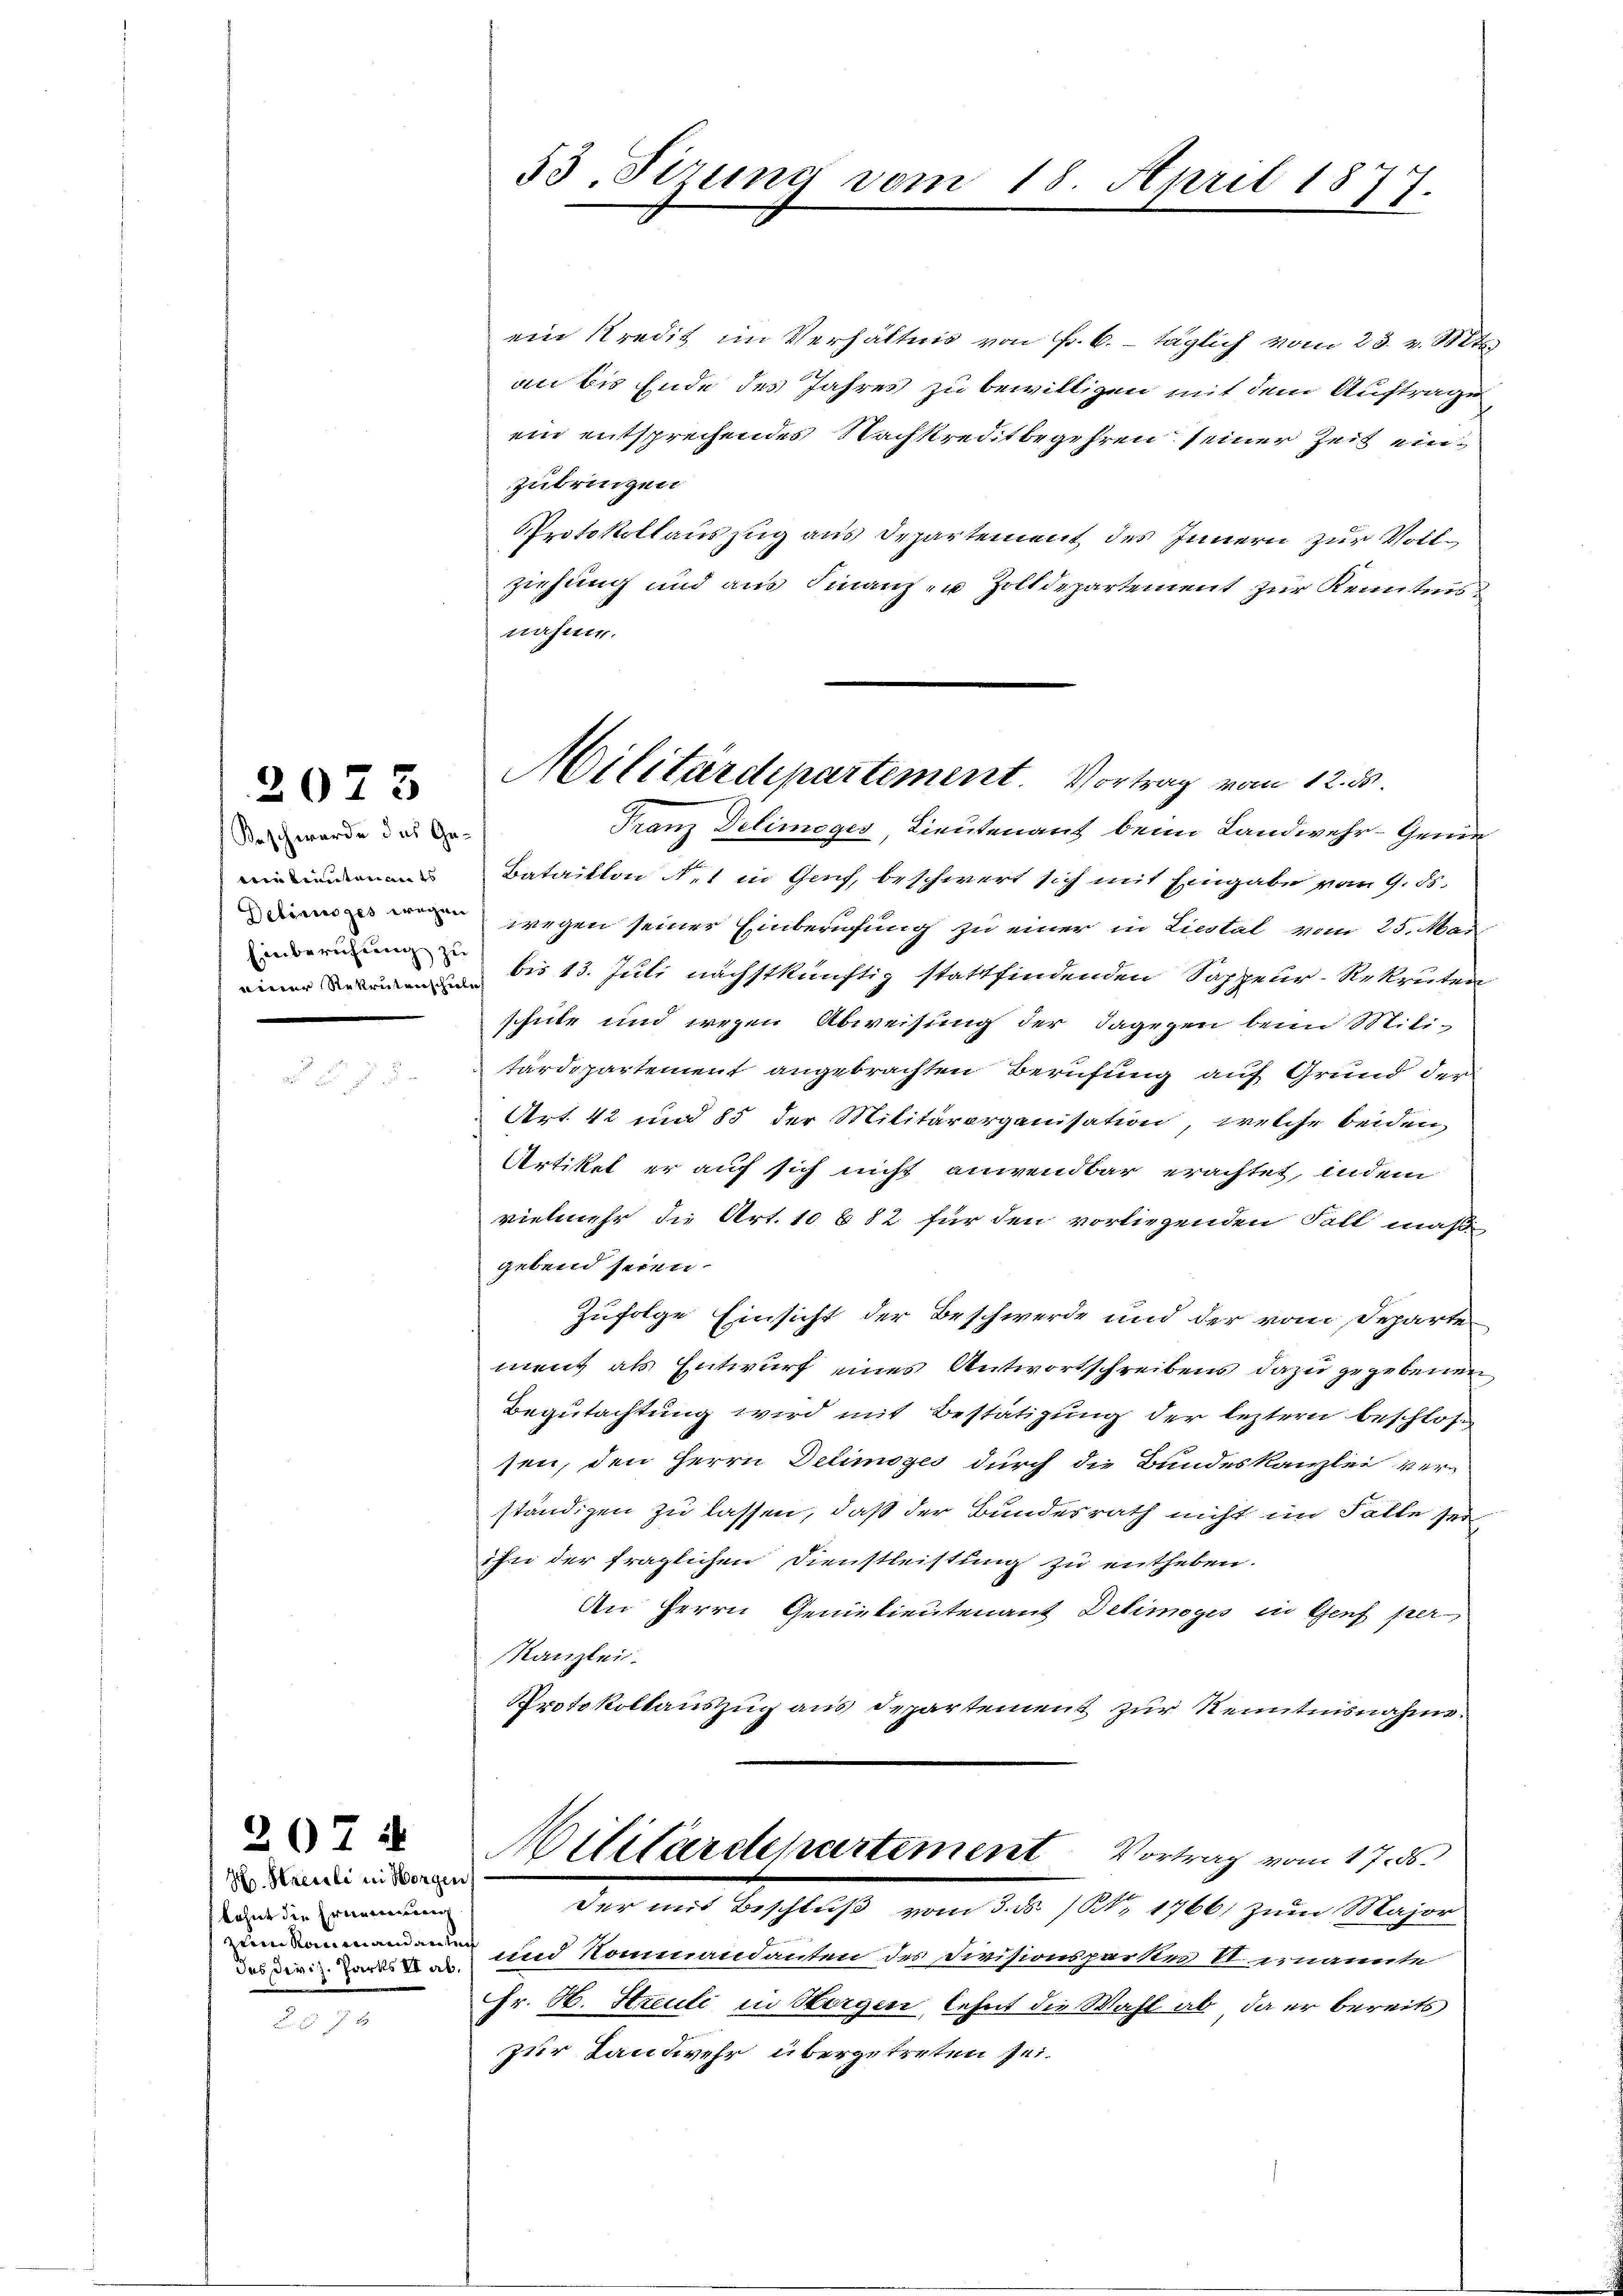
2075

Beschwerde das Gevie lieutenan es
Einberufung zu

H. Streuli in Horgen
kohnt die Ereinen
des Diviz. Parts II ab.

207

53. Sizung vom 18. April 1877.

ein Kredit im Verhältnis von Fr. 6. täglich vom 23. v. Mts.
an bis Ende des Jahres zu bewilligen mit dem Auftrage
ein entsprechendes Nachkreditbegehren seiner Zeit einzubringen
Protokollauszug aus Departement des Innern zur Vollziehung und aus Finanz- u Zolldepartement zur Kenntner
nahme.
Franz Delimoges, Lieutenant beim Landwehr-Geme
Bataillon des in Genf, beschwert sich mit Eingabe vom 9. ds.
w wegen seiner Einberufung zu einer in Liestal vom 25. Mai
 bis 13. Juli nächstkünftig stattfindenden Sappeur-Rekruten
schute und wegen Abweisung der dagegen beim Militärdepartement angebrachten Berufung auf Grund der
Art. 42 und 85 der Militärorganisation, welche beiden
Artikel er auf sich nicht anwendbar erachtet, indem
vielmehr die Art. 10 b 82 für den vorliegenden Fall maßgebend seien.
Zufolge Einsicht der Beschwerde und der vom Departe
ment als Entwurf eines Antwortschreibens dazu gegebenen
Begutachtung wird mit Bestätigung der leztern beschlossen, den Herrn Delimoges durch die Bundeskanzlei ver-
ständigen zu lassen, daß der Bundesrath nicht im Falle sein
ihn der fraglichen Dienstleistung zu entheben.
An Herrn Genietientenant Delimogis in Genf per¬
Kanzlei.
Protokollauszug aus Departement zur Kenntnisnahme
Militärdepartement Vortrag vom 17. ds.
der und Beschluß vom 3. ds (NNo. 1766; zum Major
m und Kommandanten des Divisionspartes Vernannte
Fr. H. Streuli in Horgen, lehnt die Wahl ab, da er bereits
zur Landwehr übergetreten sei.

Militärdepartement. Vortrag vom 12. d.